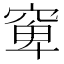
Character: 𱷈